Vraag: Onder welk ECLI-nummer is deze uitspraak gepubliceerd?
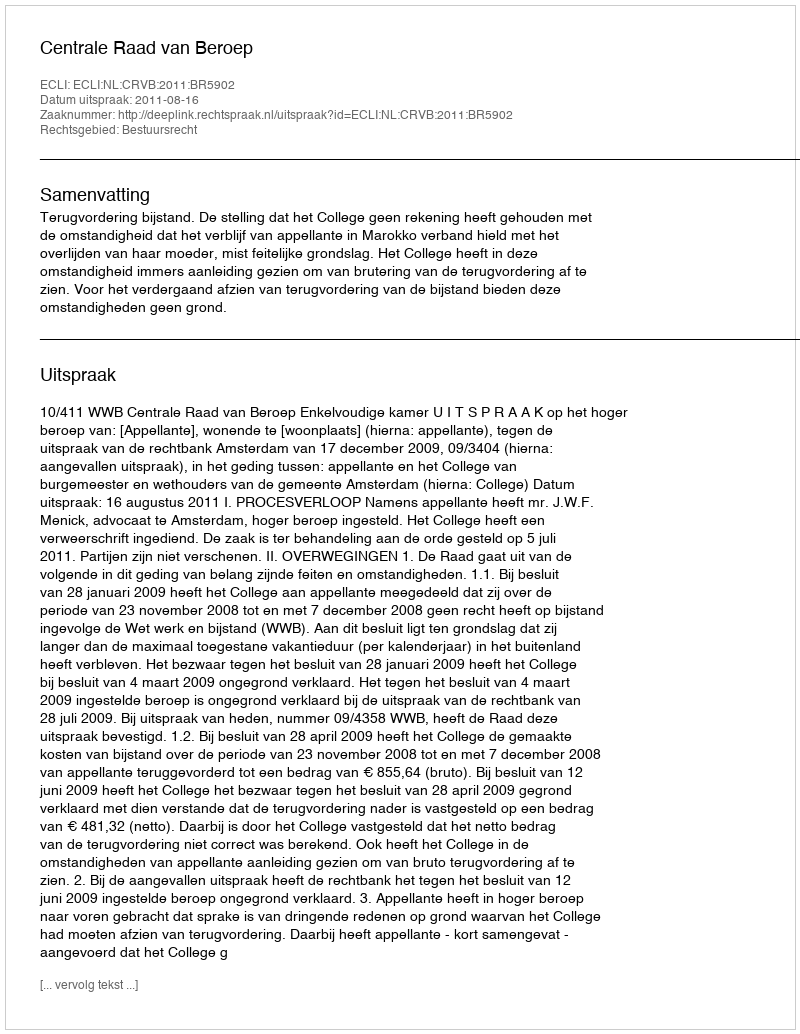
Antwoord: ECLI:NL:CRVB:2011:BR5902